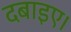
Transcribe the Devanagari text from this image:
दबाइए।